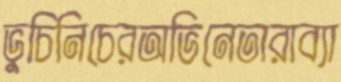
ভুচিনিচেরঅভিনেতারাব্যা